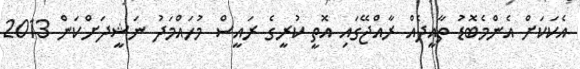
އެކަކަށް އެންމެބޮޑު ތާއީދެއް ރާއްޖޭގައި އޮތީ ކުރީގެ ރައީސް މުހައްމަދު ނަޝީދަށްކަން 2013